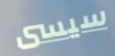
سيسى